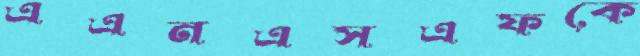
এএনএসএফকে